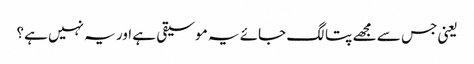
یعنی جس سے مجھے پتا لگ جائے یہ موسیقی ہے اور یہ نہیں ہے؟